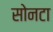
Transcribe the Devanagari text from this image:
सोनटा